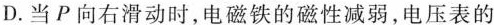
D.当P向右滑动时，电磁铁的磁性减弱，电压表的